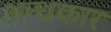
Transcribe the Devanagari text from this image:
अन्‍धकार